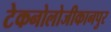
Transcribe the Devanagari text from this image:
टेकनोलोजीकानपुर